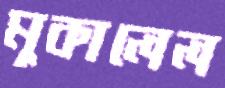
মুকালেল